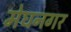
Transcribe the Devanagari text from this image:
मेघनगर